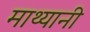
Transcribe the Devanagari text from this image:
माथ्यानी